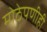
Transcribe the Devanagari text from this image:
मोठेपणीही